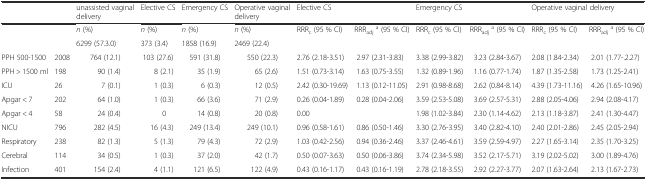
<table><thead><tr><td></td><td></td><td><b>unassisted vaginal delivery</b></td><td><b>Elective CS</b></td><td><b>Emergency CS</b></td><td><b>Operative vaginal delivery</b></td><td colspan="2"><b>Elective CS</b></td><td colspan="2"><b>Emergency CS</b></td><td colspan="2"><b>Operative vaginal delivery</b></td></tr></thead><tbody><tr><td></td><td></td><td><i>n</i> (%)</td><td><i>n</i> (%)</td><td><i>n</i> (%)</td><td><i>n</i> (%)</td><td>RRR<sub>c</sub> (95 % CI)</td><td>RRR<sub>adj</sub><sup>a</sup> (95 % CI)</td><td>RRR<sub>c</sub> (95 % CI)</td><td>RRR<sub>adj</sub><sup>a</sup> (95 % CI)</td><td>RRR<sub>c</sub> (95 % CI)</td><td>RRR<sub>adj</sub><sup>a</sup> (95 % CI)</td></tr><tr><td></td><td></td><td>6299 (57.3.0)</td><td>373 (3.4)</td><td>1858 (16.9)</td><td>2469 (22.4)</td><td></td><td></td><td></td><td></td><td></td><td></td></tr><tr><td>PPH 500-1500</td><td>2008</td><td>764 (12.1)</td><td>103 (27.6)</td><td>591 (31.8)</td><td>550 (22.3)</td><td>2.76 (2.18-3.51)</td><td>2.97 (2.31-3.83)</td><td>3.38 (2.99-3.82)</td><td>3.23 (2.84-3.67)</td><td>2.08 (1.84-2.34)</td><td>2.01 (1.77-.2.27)</td></tr><tr><td>PPH &gt; 1500 ml</td><td>198</td><td>90 (1.4)</td><td>8 (2.1)</td><td>35 (1.9)</td><td>65 (2.6)</td><td>1.51 (0.73-3.14)</td><td>1.63 (0.75-3.55)</td><td>1.32 (0.89-1.96)</td><td>1.16 (0.77-1.74)</td><td>1.87 (1.35-2.58)</td><td>1.73 (1.25-2.41)</td></tr><tr><td>ICU</td><td>26</td><td>7 (0.1)</td><td>1 (0.3)</td><td>6 (0.3)</td><td>12 (0.5)</td><td>2.42 (0.30-19.69)</td><td>1.13 (0.12-11.05)</td><td>2.91 (0.98-8.68)</td><td>2.62 (0.84-8.14)</td><td>4.39 (1.73-11.16)</td><td>4.26 (1.65-10.96)</td></tr><tr><td>Apgar &lt; 7</td><td>202</td><td>64 (1.0)</td><td>1 (0.3)</td><td>66 (3.6)</td><td>71 (2.9)</td><td>0.26 (0.04-1.89)</td><td>0.28 (0.04-2.06)</td><td>3.59 (2.53-5.08)</td><td>3.69 (2.57-5.31)</td><td>2.88 (2.05-4.06)</td><td>2.94 (2.08-4.17)</td></tr><tr><td>Apgar &lt; 4</td><td>58</td><td>24 (0.4)</td><td>0</td><td>14 (0.8)</td><td>20 (0.8)</td><td>0.00</td><td></td><td>1.98 (1.02-3.84)</td><td>2.30 (1.14-4.62)</td><td>2.13 (1.18-3.87)</td><td>2.41 (1.30-4.47)</td></tr><tr><td>NICU</td><td>796</td><td>282 (4.5)</td><td>16 (4.3)</td><td>249 (13.4)</td><td>249 (10.1)</td><td>0.96 (0.58-1.61)</td><td>0.86 (0.50-1.46)</td><td>3.30 (2.76-3.95)</td><td>3.40 (2.82-4.10)</td><td>2.40 (2.01-2.86)</td><td>2.45 (2.05-2.94)</td></tr><tr><td>Respiratory</td><td>238</td><td>82 (1.3)</td><td>5 (1.3)</td><td>79 (4.3)</td><td>72 (2.9)</td><td>1.03 (0.42-2.56)</td><td>0.94 (0.36-2.46)</td><td>3.37 (2.46-4.61)</td><td>3.59 (2.59-4.97)</td><td>2.27 (1.65-3.14)</td><td>2.35 (1.70-3.25)</td></tr><tr><td>Cerebral</td><td>114</td><td>34 (0.5)</td><td>1 (0.3)</td><td>37 (2.0)</td><td>42 (1.7)</td><td>0.50 (0.07-3.63)</td><td>0.50 (0.06-3.86)</td><td>3.74 (2.34-5.98)</td><td>3.52 (2.17-5.71)</td><td>3.19 (2.02-5.02)</td><td>3.00 (1.89-4.76)</td></tr><tr><td>Infection</td><td>401</td><td>154 (2.4)</td><td>4 (1.1)</td><td>121 (6.5)</td><td>122 (4.9)</td><td>0.43 (0.16-1.17)</td><td>0.43 (0.16-1.19)</td><td>2.78 (2.18-3.55)</td><td>2.92 (2.27-3.77)</td><td>2.07 (1.63-2.64)</td><td>2.13 (1.67-2.73)</td></tr></tbody></table>